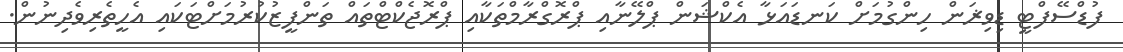
ފުޑްސޭފްޓީ ޑިވިޜަން ހިންގުމަށް ކަނޑައަޅާ އެކްޝަން ޕްލޭނާއި ޕްރޮގްރާމްތަކާއި ޕްރޮޖެކްޓްތައް ތަންފީޒުކުރުމަށްޓަކައި އެހީތެރިވެދިނުން.